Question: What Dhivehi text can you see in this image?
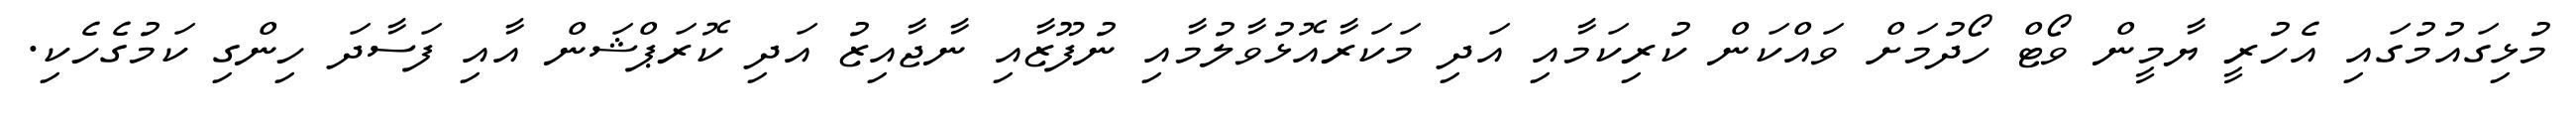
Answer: މުޅިގައުމުގައި އެހުރީ ޔާމީން ވޯޓް ހޯދުމަށް ވައްކަން ކުރިކަމާއި އަދި މަކަރާއޮޅުވާލުމާއި ނުފޫޒާއި ނާޖާއިޒު އަދި ކޮރަޕްޝަން އާއި ފަސާދަ ހިންގި ކަމުގެހެކި.